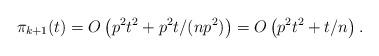
LaTeX: \begin{align*}\pi_{k+1}(t)=O\left( p^2t^2 + p^2t/(np^2)\right) =O\left( p^2t^2 + t/n \right) .\end{align*}